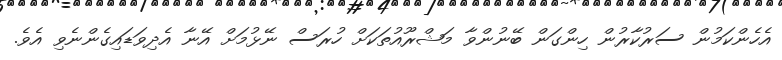
އެހެންކަމުން ސަރުކާރުން ހިންގަން ބޭނުންވާ މަޝްރޫއުތަކަށް ހުރަސް ނޭޅުމަށް އޭނާ އެދިވަޑައިގެންނެވި އެވެ.